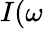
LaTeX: I(\omega